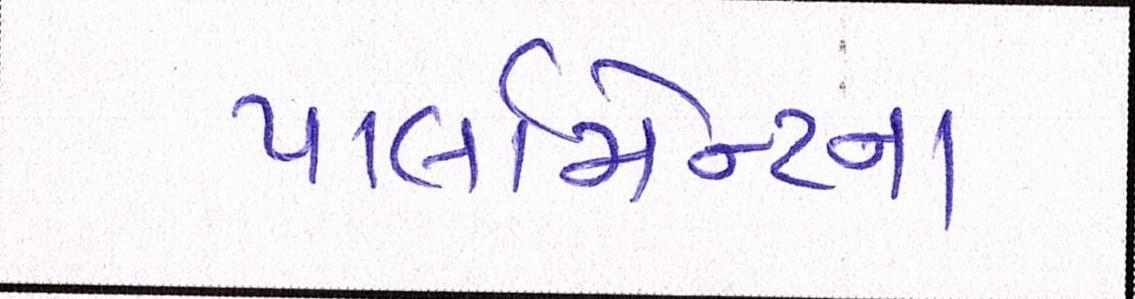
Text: પાર્લામેન્ટના